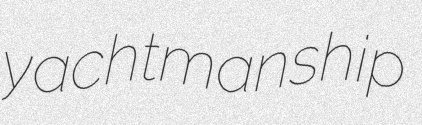
yachtmanship